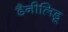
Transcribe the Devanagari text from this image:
डैनीलिडू